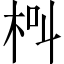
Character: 𣐲